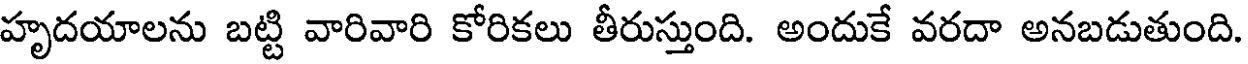
హృదయాలను బట్టి వారివారి కోరికలు తీరుస్తుంది. అందుకే వరదా అనబడుతుంది